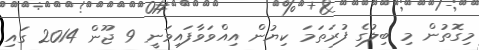
މިގޮތުން މި ބިލުގެ ފުރަތަމަ ކިޔުން އިއްވަވާފައިވަނީ 9 ޖޫން 2014 ގައި